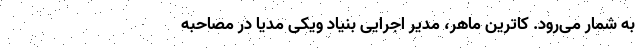
به شمار می‌رود. کاترین ماهر، مدیر اجرایی بنیاد ویکی مدیا در مصاحبه